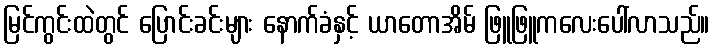
မြင်ကွင်းထဲတွင် ပြောင်းခင်းများ နောက်ခံနှင့် ယာတောအိမ် ဖြူဖြူကလေးပေါ်လာသည်။